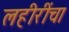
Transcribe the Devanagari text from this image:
लहीरींचा